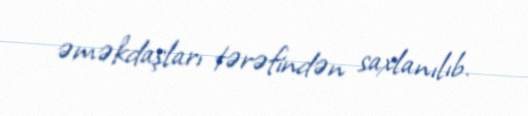
əməkdaşları tərəfindən saxlanılıb.